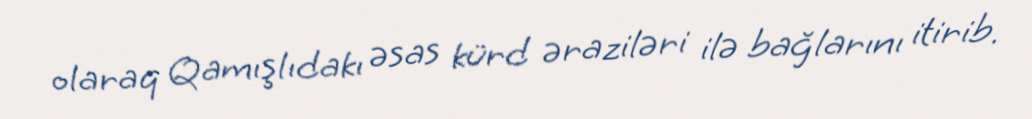
olaraq Qamışlıdakı əsas kürd əraziləri ilə bağlarını itirib.